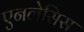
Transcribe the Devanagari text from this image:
एनलेसिस